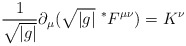
\begin{align*}\frac{1}{\sqrt{|g|}} \partial_\mu ( \sqrt{|g|}\ ^*F^{\mu\nu} ) =K^\nu\end{align*}